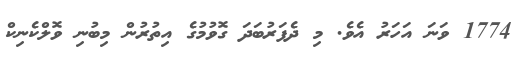
1774 ވަނަ އަހަރު އެވެ. މި ދެފަރުބަދަ ގޮވުމުގެ އިތުރުން މިބުނި ވޮލްކެނިކް